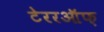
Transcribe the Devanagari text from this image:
टेररऑफ़